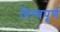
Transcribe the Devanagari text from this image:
बिम्बपूर्ण